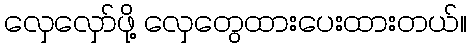
လှေလှော်ဖို့ လှေတွေထားပေးထားတယ်။